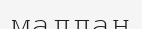
малдан